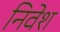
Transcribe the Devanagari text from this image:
निवेश